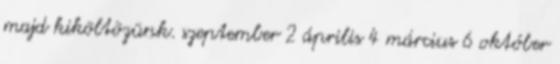
majd kiköltözünk. szeptember 2 április 4 március 6 október